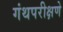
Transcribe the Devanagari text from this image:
गंथपरीक्षणे